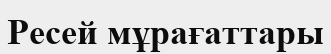
Ресей мұрағаттары